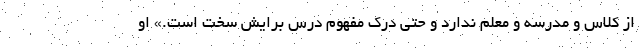
از کلاس و مدرسه و معلم ندارد و حتی درک مفهوم درس برایش سخت است.» او